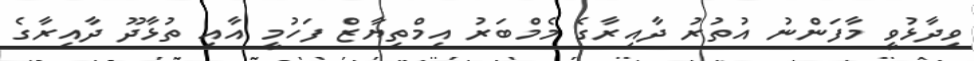
ވިދާޅުވީ މާފަންނު އުތުރު ދާއިރާގެ މެމްބަރު އިމްތިޔާޒް ފަހުމީ އާއި ތުޅާދޫ ދާއިރާގެ